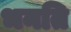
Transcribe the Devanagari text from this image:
भनति